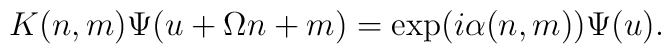
K(n,m)\Psi (u+\Omega n+m)=\exp (i\alpha (n,m)) \Psi (u).